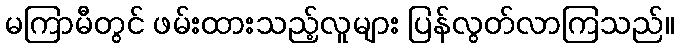
မကြာမီတွင် ဖမ်းထားသည့်လူများ ပြန်လွတ်လာကြသည်။